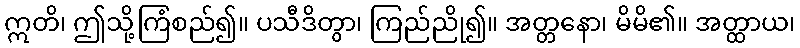
ဣတိ၊ ဤသို့ကြံစည်၍။ ပသီဒိတွာ၊ ကြည်ညို၍။ အတ္တနော၊ မိမိ၏။ အတ္ထာယ၊